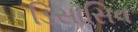
ડિસાસિવ